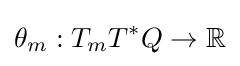
\theta _{m}:T_{m}T^{*}Q\to \mathbb {R}